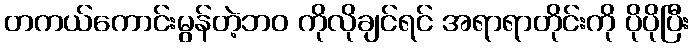
တကယ်ကောင်းမွန်တဲ့ဘဝ ကိုလိုချင်ရင် အရာရာတိုင်းကို ပိုပိုပြီး